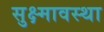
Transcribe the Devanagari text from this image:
सुक्ष्मावस्था